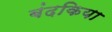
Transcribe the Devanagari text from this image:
बंदकिया